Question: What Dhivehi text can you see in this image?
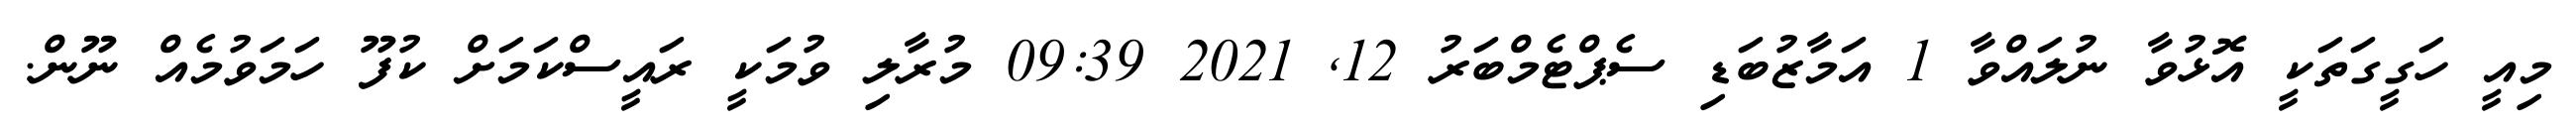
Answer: މިއީ ހަގީގަތަކީ އޮޅުވާ ނުލައްވާ 1 އަމާޒުބަޑި ސެޕްޓެމްބަރު 12, 2021 09:39 މުރާލި ވުމަކީ ރައީސްކަމަށް ކުފޫ ހަމަވުމެއް ނޫން.